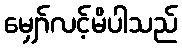
မျှော်လင့်မိပါသည်